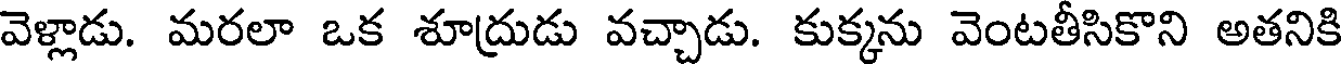
వెళ్లాడు. మరలా ఒక శూద్రుడు వచ్చాడు. కుక్కను వెంటతీసికొని అతనికి